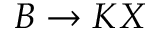
B \to K X